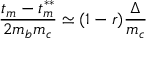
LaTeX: { \frac { t _ { m } - t _ { m } ^ { * * } } { 2 m _ { b } m _ { c } } } \simeq ( 1 - r ) { \frac { \Delta } { m _ { c } } }